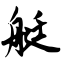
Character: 艇